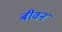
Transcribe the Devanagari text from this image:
बीवन